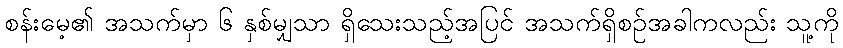
စန်းမေ့၏ အသက်မှာ ၆ နှစ်မျှသာ ရှိသေးသည့်အပြင် အသက်ရှိစဉ်အခါကလည်း သူ့ကို